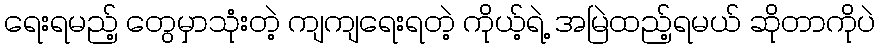
ရေးရမည့် တွေမှာသုံးတဲ့ ကျကျရေးရတဲ့ ကိုယ့်ရဲ့ အမြဲထည့်ရမယ် ဆိုတာကိုပဲ